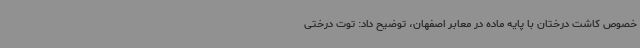
خصوص کاشت درختان با پایه ماده در معابر اصفهان، توضیح داد: توت درختی